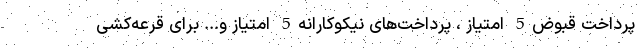
پرداخت قبوض5 امتیاز ، پرداخت‌های نیکوکارانه5 امتیاز و... برای قرعه‌کشی